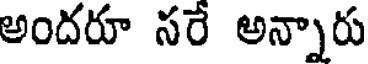
అందరూ సరే అన్నారు